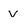
Character: v